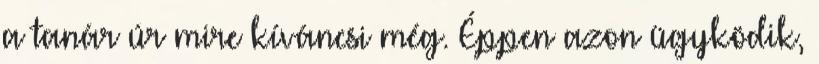
a tanár úr mire kíváncsi még. Éppen azon ügyködik,